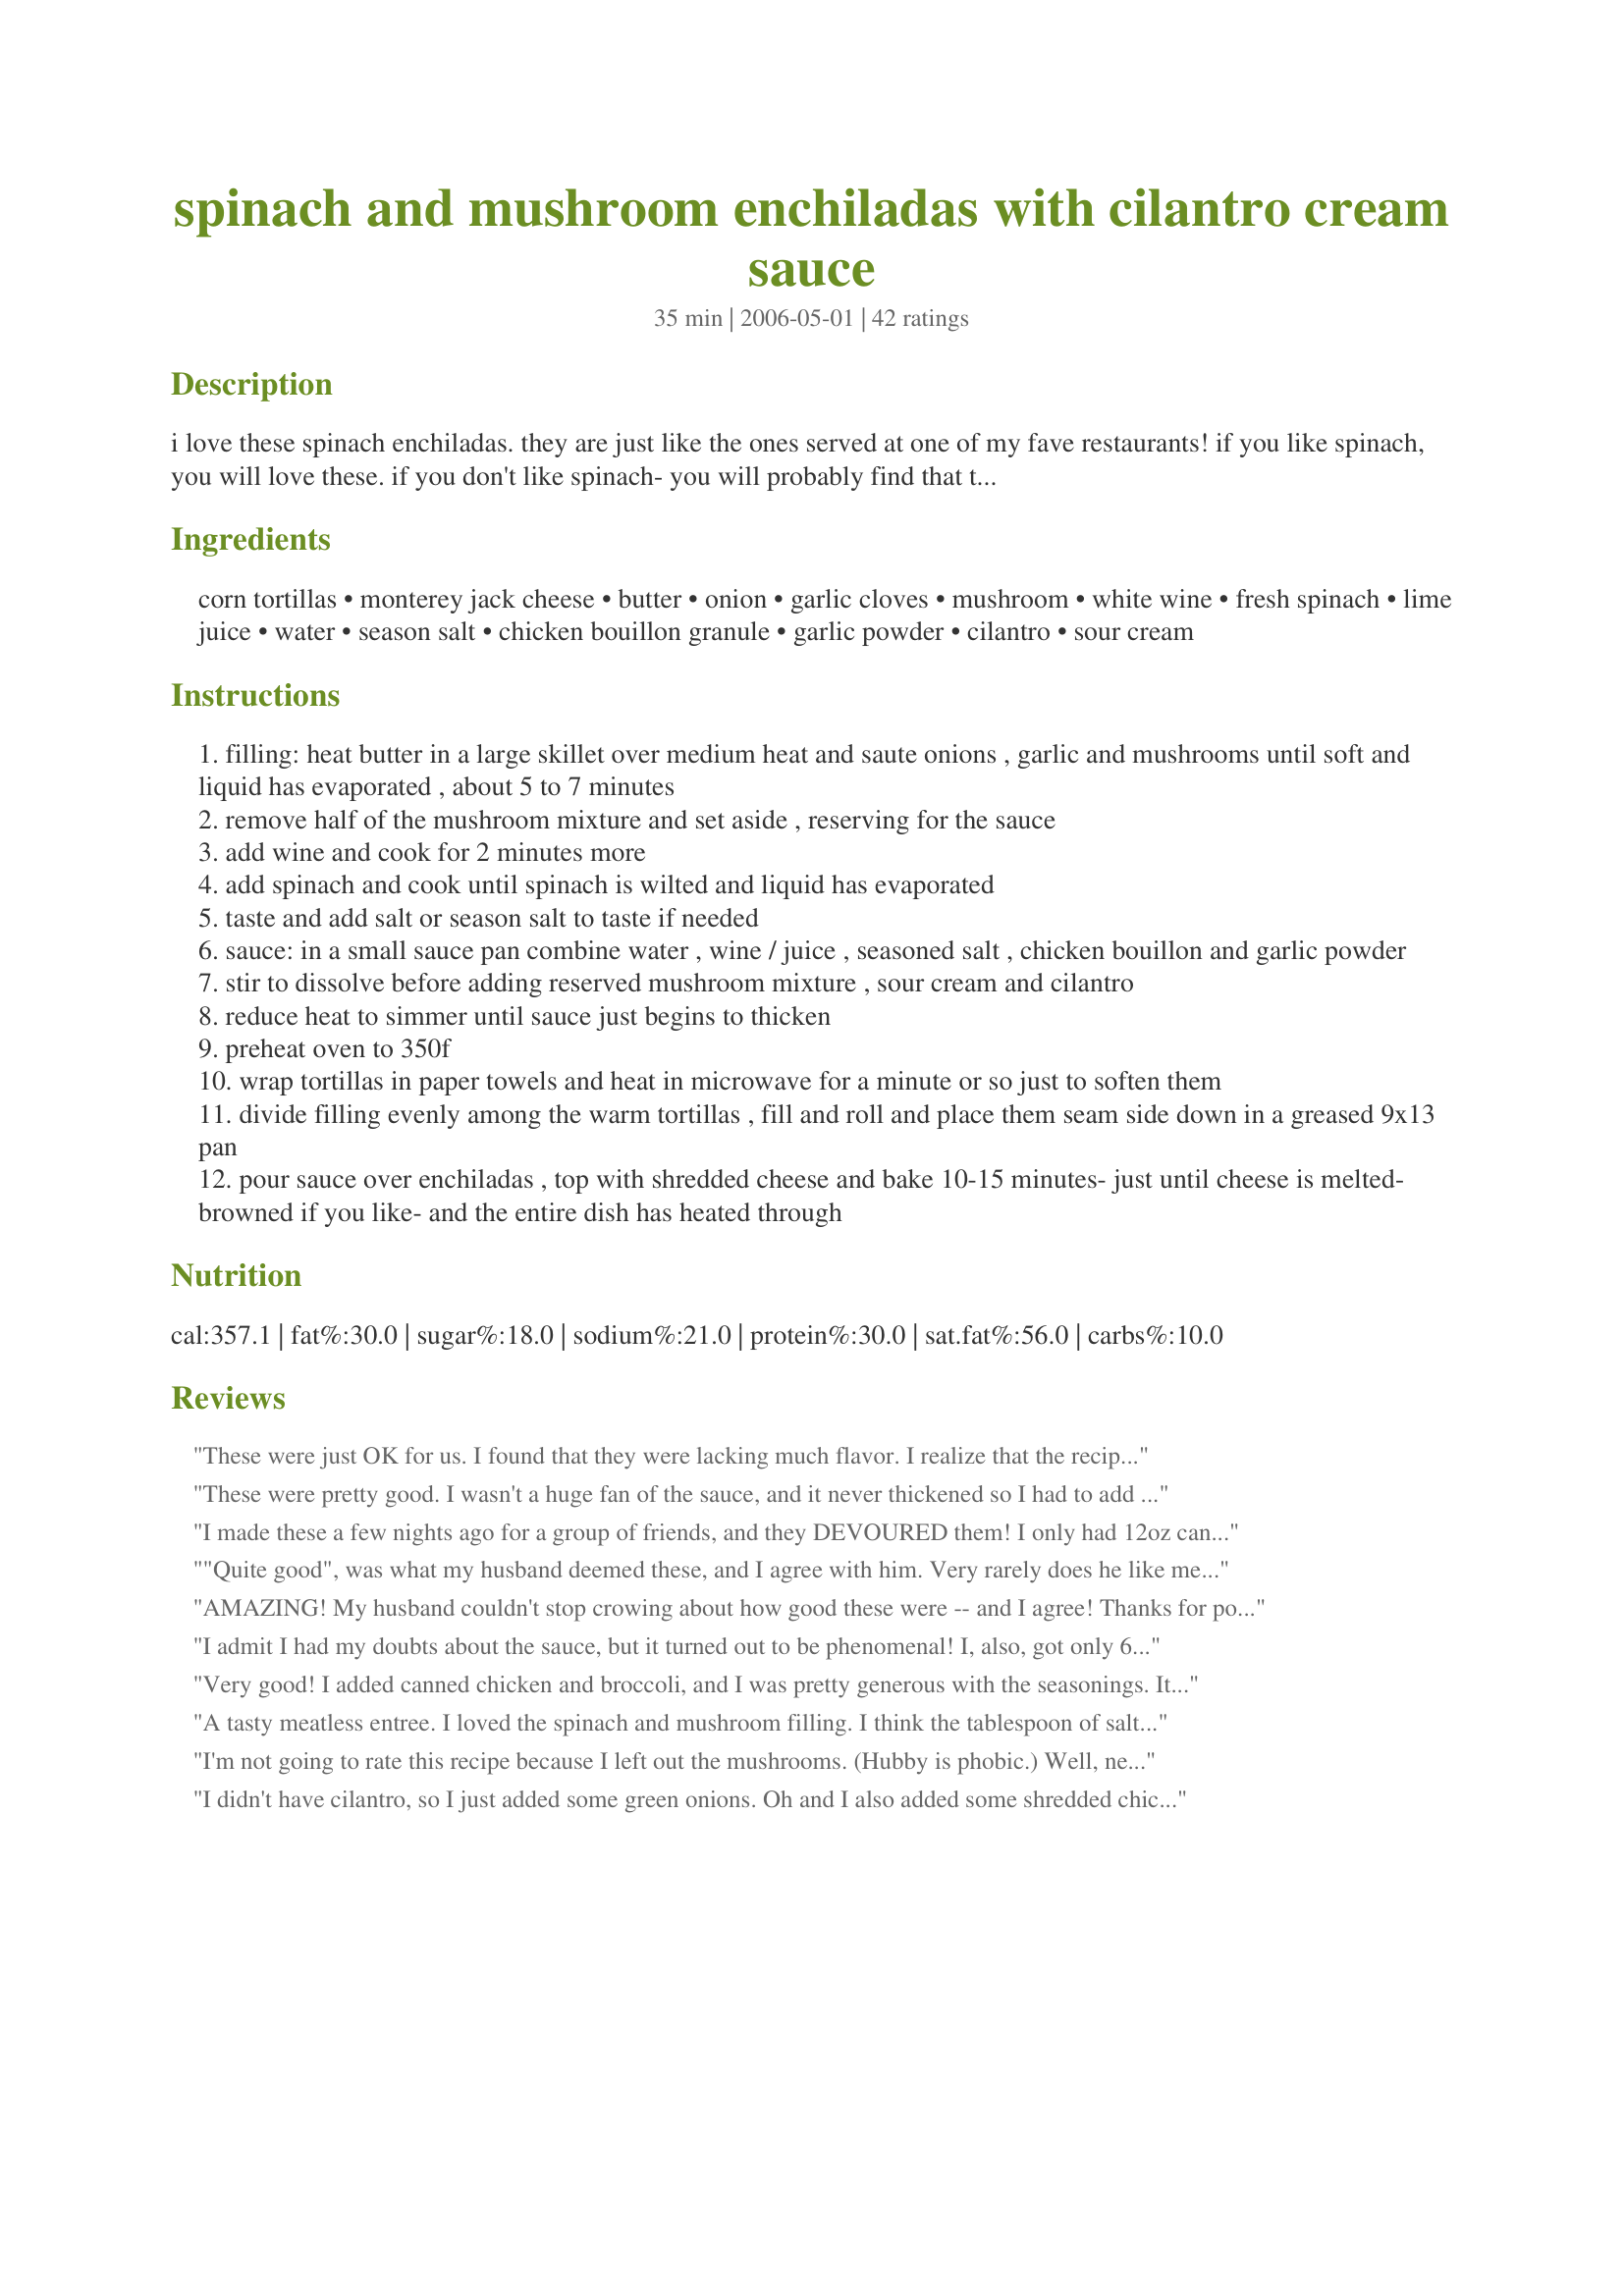
spinach and mushroom enchiladas with cilantro cream sauce
Preparation time: 35 minutes

i love these spinach enchiladas. they are just like the ones served at one of my fave restaurants! if you like spinach, you will love these. if you don't like spinach- you will probably find that this recipe changes your mind. (altered recipe after reviews regarding the saltiness and amount of sauce. i have not had that problem, but do not want anyone to have a bad result. please do try this and enjoy it.)

Ingredients:
corn tortillas, monterey jack cheese, butter, onion, garlic cloves, mushroom, white wine, fresh spinach, lime juice, water, season salt, chicken bouillon granule, garlic powder, cilantro, sour cream

Steps:
filling: heat butter in a large skillet over medium heat and saute onions , garlic and mushrooms until soft and liquid has evaporated , about 5 to 7 minutes
remove half of the mushroom mixture and set aside , reserving for the sauce
add wine and cook for 2 minutes more
add spinach and cook until spinach is wilted and liquid has evaporated
taste and add salt or season salt to taste if needed
sauce: in a small sauce pan combine water , wine / juice , seasoned salt , chicken bouillon and garlic powder
stir to dissolve before adding reserved mushroom mixture , sour cream and cilantro
reduce heat to simmer until sauce just begins to thicken
preheat oven to 350f
wrap tortillas in paper towels and heat in microwave for a minute or so just to soften them
divide filling evenly among the warm tortillas , fill and roll and place them seam side down in a greased 9x13 pan
pour sauce over enchiladas , top with shredded cheese and bake 10-15 minutes- just until cheese is melted- browned if you like- and the entire dish has heated through

Reviews:
These were just OK for us. I found that they were lacking much flavor. I realize that the recipe doesn't include spicy seasonings or ingredients, but they just weren't what we wanted from an enchilada. I love fresh spinach and mushrooms, and had really hoped to enjoy this dinner.
These were pretty good. I wasn't a huge fan of the sauce, and it never thickened so I had to add cornstarch. I made two small changes that I think improved the flavor: 1) I added black beans to the filling, as well as a pinch of cayenne; and 2) I used pepper jack cheese instead of plain monterey jack. I would make these again for a quick, easy dinner.
I made these a few nights ago for a group of friends, and they DEVOURED them! I only had 12oz canned mushrooms, but threw in a 4oz can of tiny shrimp for fun, and they turned out lovely. This recipe is a keeper, and I plan on making them again!
"Quite good", was what my husband deemed these, and I agree with him. Very rarely does he like meatless dinners, so I very happy that he enjoyed these. Very easy to prepare, good taste, I really enjoyed the sauce. The only thing I changed was I added 2 extra cloves of garlic and I dusted them with paprika to give a little color. I will make again. Thank you for sharing!
AMAZING! My husband couldn't stop crowing about how good these were -- and I agree! Thanks for posting. :)
I admit I had my doubts about the sauce, but it turned out to be phenomenal! I, also, got only 6 enchiladas. I used pepper jack cheese and whole grain tortillas. I will do a few things differently next time; I'd like a higher ratio of mushrooms to spinach. Think I may also toy with the black beans as someone else suggested. Also will want some uncooked cilantro to throw into the sauce after cooking it to brighten it a bit, but overall, I have to say this is AMAZING!
Very good! I added canned chicken and broccoli, and I was pretty generous with the seasonings. It was delicious! My boyfriend raved. Thanks for the recipe!
A tasty meatless entree. I loved the spinach and mushroom filling. I think the tablespoon of salt and the tablespoon of bouillon granules made the sauce overly salty. I added extra sour cream to cut it. Next time I think I will cut the salt down to a tsp. If you want to feed someone you love vegetables, this is a great way to do it!
I'm not going to rate this recipe because I left out the mushrooms. (Hubby is phobic.) Well, needless to say they were not very good. I think the mushrooms MAKE this dish and would give it wonderful flavor. I'm posting this so other chefs don't make the same mistake or if they still choose to, they shouldn't leave an unfair rating. The lime was pretty strong, but other than that this dish came out very bland. So if you make this, MAKE SURE to add the mushrooms!! :D
I didn't have cilantro, so I just added some green onions. Oh and I also added some shredded chicken. Everyone LOVED this. I had only made one pan and it went FAST. I will definitely make this again. Delicious!
The sauce was decent. No way was that enough filling for 12 enchiladas! We had to use other filling for at least half of them.
Havn't made it yet but it sounds beautiful. Got grandkids coming next week,so might make it. I have a problem with Cilantro [I don't like Coriander]] I use celery leaves instead. For those who like Cilantro/Coriander Ignore me & enjoy this lovely sounding dish.
We really enjoyed this dish. It felt like there was enough going on in the dish and that there was quite a bit of flavor. This is much more of a refined dish then we're used to eating so it felt special to be having it. Not difficult to make either. The only thing I'd change is use less of the cheese and salt as it did come off (still) a little too salty. It's something to do with the sauce but overall a nice and rich dish. Even better the next day!
Yummy! This simple cilantro lime cream sauce was absolutely wonderful! Used a bit of seasoned salt with the mushrooms (could have used more) and 1 t in the sauce which was just right for me. Used chicken base, baby spinach and light organic sour cream. Also softened the tortillas in a tiny bit of oil. Probably could have added the rest of the 16 oz pkg of spinach without a problem. This made 12 small enchiladas but I'd probably go with 8-10 next time to make them a bit fatter. Thanks for sharing the recipe!
I've made similar sounding recipes but this one is WAY better than any other. The secret seems to be the wine cooked with the filling and the Cilantro Cream Sauce. The sauce was super easy and different. I used low sodium Bouillon and a low salt seasoning. It was just right.
Sooooo delicious! I never had the chance to make before you altered the recipe but it is now perfect! These were every bit as good as any restaurant. I only got 6 medium sized enchiladas but it was plenty for me and my husband. The enchiladas were creamy and the wine complemented the dish very well. I did not let the sauce thicken since my fan assistd oven likes to dehydrate everything so much. I also placed a piece of foil over them (carefully not to seal) while they heated so the cheese wouldn't burn. Recommended!
Reeeeally good! I used the corn tortillas for this recipe, and since we like a little heat, added 1/4 cup chopped jalapenos and a couple shakes of cayenne pepper to the sauce. This will happen in our kitchen again!
This was pretty good. Followed recipe to the "T" although I used lime juice instead of wine and 1/4 cp cilantro for the sauce. It was a little too tangy next time I think it would be better with the wine and ad shrimp as suggested. It was great with spanish rice
These were so good! The only things I changed in the recipe was replacing the wine with vegetable broth. For the sauce I left out the lime juice, but did add 6 jalapeno slices that I chopped and added... they gave the right amount of light spicy taste. I also ran the sauce through the blender so it was not so lumpy. Next time I want more sauce. I would have liked to have at least 1 cup more next time.
These turned out good but my hubby didn&#039;t care for it too much.. Due to that I will probably not make again. I used half wine half lime juice in the sauce.
Wow! These were wonderful. I made them vegan with tofutti sour cream, veg butter, veg bouillon and Follow Your Heart vegan mozzarella cheese. We were stunned at how tasty they were. Definitely a salty (yet very flavorful) sauce, I added extra sr cream. Will be making again for sure!
Fantastic and different enchiladas. Made a couple mistakes-- used stock as I didn't have granules and then I also added water. Sauce was not thick but reduced down in oven and was still tasty. Added cheese inside tortillas with filling, then put a little bit on top. Also added steamed broccoli florets and mashed cannelini beans to the mix. YUM! Can't wait to make again (especially as it impressed my boyfriend!) Thanks
I loved these enchiladas! Fresh spinach really makes it yummy. I'm more of a mushroom lover, but I still really enjoyed the fresh spinach. There was an overpowering lime taste, though; I used the lime juice in the sauce instead of the wine, so next time I'd use half and half so there wasn't so much lime flavor. Aside from that, they were perfect! I plan on making them again very soon and re-rating since I'm sure without so much lime they'd be an easy five stars. Thanks for posting! Edit: I had to come back and give these five stars. I knew when I was heating these up for breakfast that I was hooked! I will definitely cut down on the lime next time, but they were still scrumptious.
This recipe is a keeper. Very tasty and easy to make with just a few ingredients. Next time, however, I will reduce the cheese to 1 cup because I felt it was overly rich and it would be good to reduce the fat.

Thanks for a great recipe. I will make it again with the modification to the cheese.
Delicious! Thanks for posting the recipe.
Delicious!! I added some grilled chicken breasts (per my wife's suggestion!). Don't cook longer than instructed. It will be less creamy. This is a new staple in our household! Thanks, Mama!
I really liked these, although didn&#039;t go down too well with my husband and son, who love normal chicken/salsa enchiladas, even though I added some shredded chicken. Quite a bit of mess and time though
Like others, I should have added more spinach so that there was more filling. But, I LOVED this recipe. The sour cream added such flavor to the sauce! Will definitely be making this again. And again.
The sauce on this was absolutely outstanding! I used taco seasoning for the seasoning salt and did add some black beans to the filling for more protein but otherwise made exactly as written. I love how rich and creamy these are but still have so few calories! Thanks for posting a winner.
We were looking for a recipe to use up our mushrooms and fresh spinach, however, I didn't expect to find a phenomenal dinner that I can't wait to make again! We didn't use any additional salt and didn't have a problem with the saltiness of the chicken bouillon. We used a very good wine and fat free or reduced fat items. I'm sure this will become a regular at my house; thanks for sharing!
Loved this recipe! Definitely restaurant quality. I used frozen spinach and squeezed it dry. Had a little leftover cilantro cream sauce, so I stirred it into canned black beans and even my bean-hating husband gobbled those up (and they were even better the next day with brown rice stirred in). I love having a meatless entree that my family will actually eat. Thanks for posting!
Wow!!! Even after leaving them in a warm oven for twenty minutes (we got caught up in a card game), they still were amazing! I added sauteed chicken to the filling. I think next time, I will double the sauce, it was so good! I served this with Spanish rice. Just a great meal. Thank you.
I made these enchiladas for the first time last night and they were delicious! I didn't think they were too salty at all. My husband LOVED them too. They are definitely as good as or better than any that I have had in a restaurant. I highly recommend trying this out!!!
I just made these enchiladas for dinner and they were soooo good! I made them vegetarian by substituting 1tsp of "Better than Bouillon: Vegetable Base" for the chicken bouillon. I omitted the salt and they were perfect for our tastes. I used lime juice instead of wine in the sauce. I froze half of the enchiladas for another night and I'm really looking forward to having them again.
Absolutely delicious!!!! These are my favorite homemade enchiladas. I added cheese inside the enchiladas and the second time I made them I added some leftover rotisserie chicken. Will definitely use the chicken again. For the sauce I used the wine and 3/4 C chicken broth instead of bullion and water. I added a little cheese to the sauce as well. Only used a couple of dashes of the Lawry's Season Salt and added the cilantro at the end of the sauce so it wouldn't lose its flavor. I also added a little extra sour cream. This is one of my family's favorites!
When I tasted the sauce for this I thought the top of my head was going to blow off - it was SO incredibly tasty. Unfortunately, in the finished dish a lot of it had disappated and it was - disappointingly - not that noticeable and even a bit dry, although I stuck with the recommended cooking time. But that taste was certainly worth trying again. Next time I shall just make MORE sauce and see if that makes a difference.
Delicious Friday night meal! Loved the cilantro sauce, although I wish I would've left out any salt (used 1/4 tsp) b/c the bouillon lent plenty salt to the mix. However, the overall dish was not too salty since I didn't add any with the spinach/mushroom mix. I, too, have a little leftover cream sauce, but might just add it to the leftover enchilada since it's so good! I did add cheese to the filling as I rolled them. Also had to use broth in place of wine to make do with what I had. Loved these and will make again!
First, this dish took me WAY longer than the estimated 35 minutes. NBD. Second, this dish makes an insane amount of cream sauce and not nearly enough filling for 12 enchiladas, even with the addition of about a cup of leftover roasted chicken (the only edit I made to the recipe for the carnivore DH - my &quot;half&quot; was original to the recipe). It made eight enchiladas. Third, the flavor was just &quot;meh.&quot; I was careful not to add too much salt, as other reviewers mentioned the sauce could be too salty with the saltiness of the stock. Served with Spanish quinoa and black beans.&lt;br/&gt;TL;DR - Pretty good, but I&#039;m not dying to make these again. Maybe I will for myself, but DH was not totally impressed - he said they lacked &quot;flavor.&quot;
Wow! Deee-licious! I too was looking for something to use up fresh spinach and found this. I made just a few slight mods due to what I had on hand. I used whole wheat tortillas, 3/4 c chicken stock instead of the granules and water, and added a can of rinsed/drained white beans to the filling and mashed it up a bit. The whole family loved it! Thanks!
Wow! This was so good! I added shrimp to make it more filling. It tasted like something I usually order at a Mexican restaurant. Thanks for a great recipe!
The flavor of the cilantro and the corn tortillas over powered everything else. We only gave it 3 stars. When we try it again, we will make it with less cilantro and use flour tortillas. After we try it that way I will adjust our review accordingly. Thanks!
These were a great break from our normal enchiladas!! I had never had a cilantro cream sauce but am so glad I tried it because I think it makes this recipe!! I added more garlic and the amount of salt called for and didn't find that they were salty at all...in fact I may use a bit more season salt or garlic salt next time!
